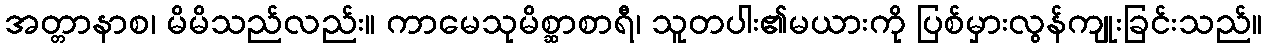
အတ္တာနာစ၊ မိမိသည်လည်း။ ကာမေသုမိစ္ဆာစာရီ၊ သူတပါး၏မယားကို ပြစ်မှားလွန်ကျုးခြင်းသည်။